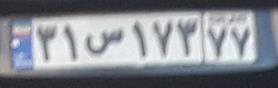
۳۱س۱۷۳۷۷